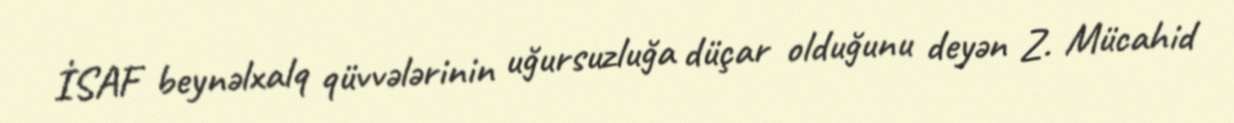
İSAF beynəlxalq qüvvələrinin uğursuzluğa düçar olduğunu deyən Z. Mücahid